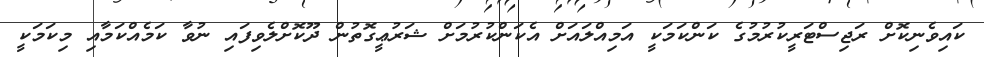
ކައިވެނިކޮށް ރަޖިސްޓަރީކުރުމުގެ ކަންކަމަކީ އަމިއްލައަށް އެކަންކުރުމަށް ޝަރުޢީގޮތުން ދޫކޮށްލެވިފައި ނުވާ ކަމެއްކަމާއި މިކަމަކީ